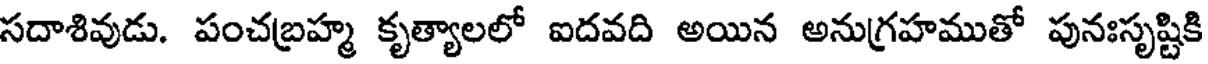
సదాశివుడు. పంచబ్రహ్మ కృత్యాలలో ఐదవది అయిన అనుగ్రహముతో పునఃసృష్టికి